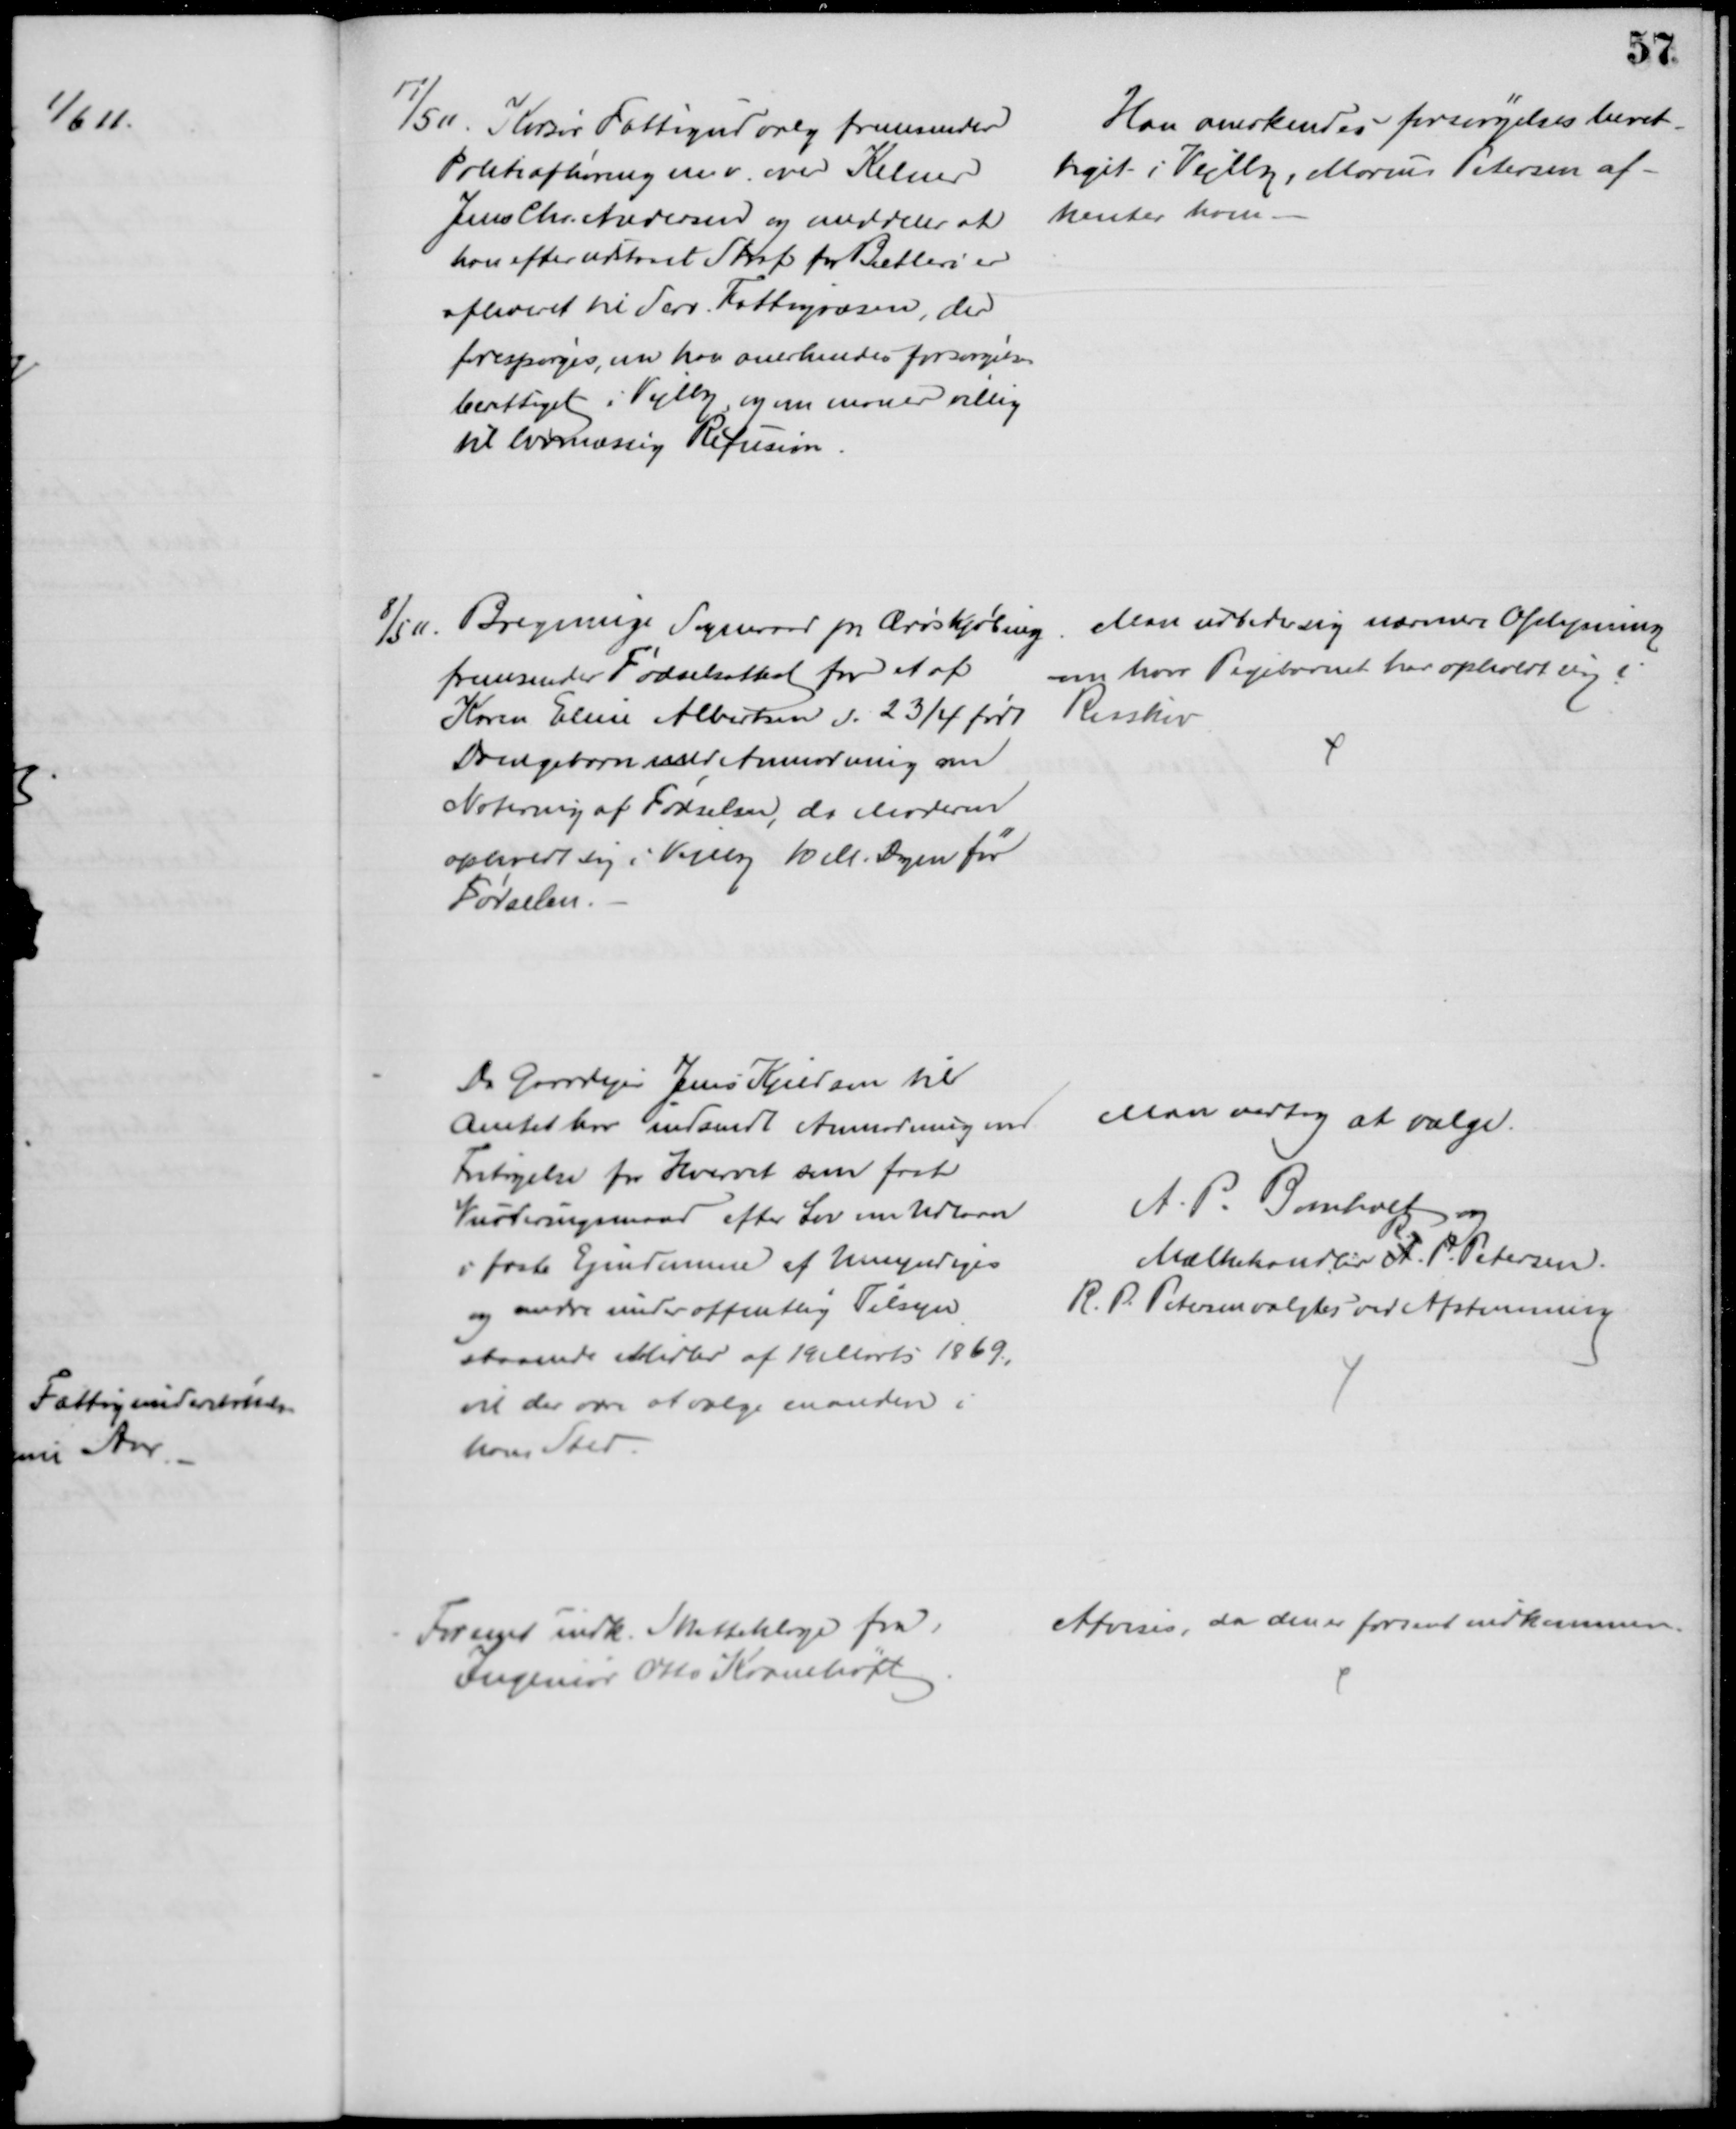
Transskription:
17/5 11. Korsør Fattigudvalg fremsender
Politiafhøring m.v. over Kelner
Jens Chr. Andersen og meddeler at
han efter udstaaet Straf for Betleri er
afleveret til derv. Fattigvæsen, der
forespørges, om han anerkendes forsørgelses-
berettiget i Vejlby, og om man er villig
til lovmæssig Refusion.
Han anerkendes forsørgelsesberet
-
tiget i Vejlby, Marius Petersen af-
henter ham.
8/5 11. Bregninge Sogneraad pr. Ærøskøbing
fremsender Fødselsattest for et af
Karen Eline Albertsen d. 23/4 født
Drengebarn med Anmodning om
Notering af Fødselen, da Moderen
opholdt sig i Vejlby 10 M. Dagen før 
Fødselen.
Man udbeder sig nærmere Oplysning
om hvor Pigebarnet har opholdt sig i
Risskov
Da Gaardejer Jens Kjeldsen til
Amtet har indsendt Anmodning om
Fritagelse fra Hvervet som fast
Vurderingsmand efter Lov om Udlaan
i faste Ejendomme af Umyndiges
og andre under offentlig Tilsyn
staaende Midler af 19 Marts 1869,
vil der være at vælge en anden i
hans Sted.
Man vedtog at vælge
A. P. Bomholt og
Mælkehandler A. 
R.
P. Petersen.
R. P. Petersen valgtes ved Afstemning
For sent indk. Skatteklage fra
Ingeniør Otto Kramhøft
Afvises, da den er forsent indkommen.